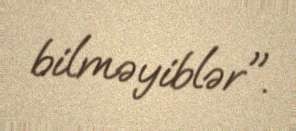
bilməyiblər".